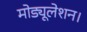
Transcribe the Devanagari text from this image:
मोड्यूलेशन।